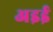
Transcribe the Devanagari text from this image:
अइई